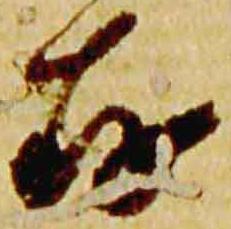
存